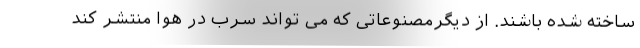
ساخته شده باشند. از دیگرمصنوعاتی که می تواند سرب در هوا منتشر کند